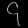
Digit: ၄